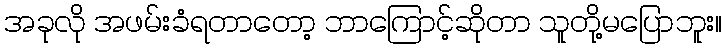
အခုလို အဖမ်းခံရတာတော့ ဘာကြောင့်ဆိုတာ သူတို့မပြောဘူး။